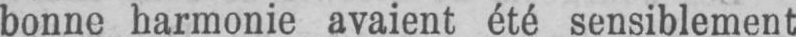
bonne harmonie avaient été sensiblement